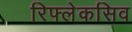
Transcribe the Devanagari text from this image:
रिफ्लेकसिव